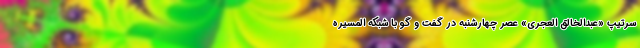
سرتیپ «عبدالخالق العجری» عصر چهارشنبه در گفت و گو با شبکه المسیره